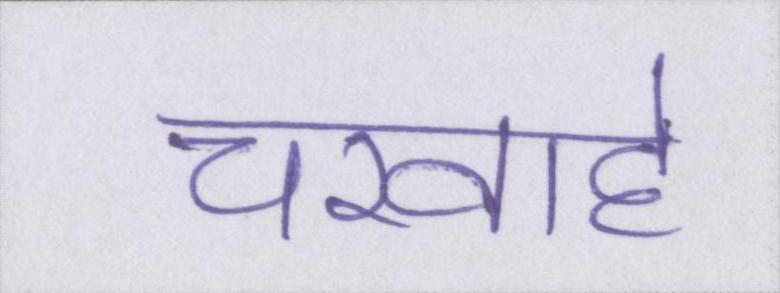
चरवाहे